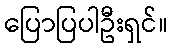
ပြောပြပါဦးရှင်။